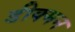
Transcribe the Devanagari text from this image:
डीक्मन